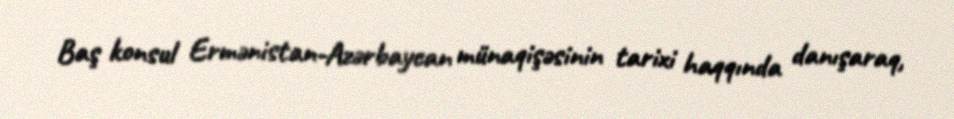
Baş konsul Ermənistan-Azərbaycan münaqişəsinin tarixi haqqında danışaraq,